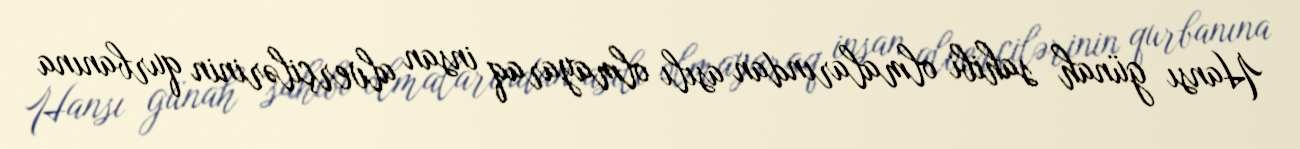
Hansı günah sahibi olmalarından asılı olmayaraq insan alverçilərinin qurbanına